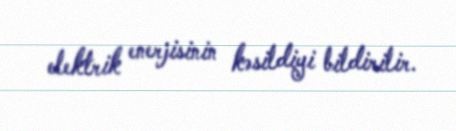
elektrik enerjisinin kəsildiyi bildirilir.